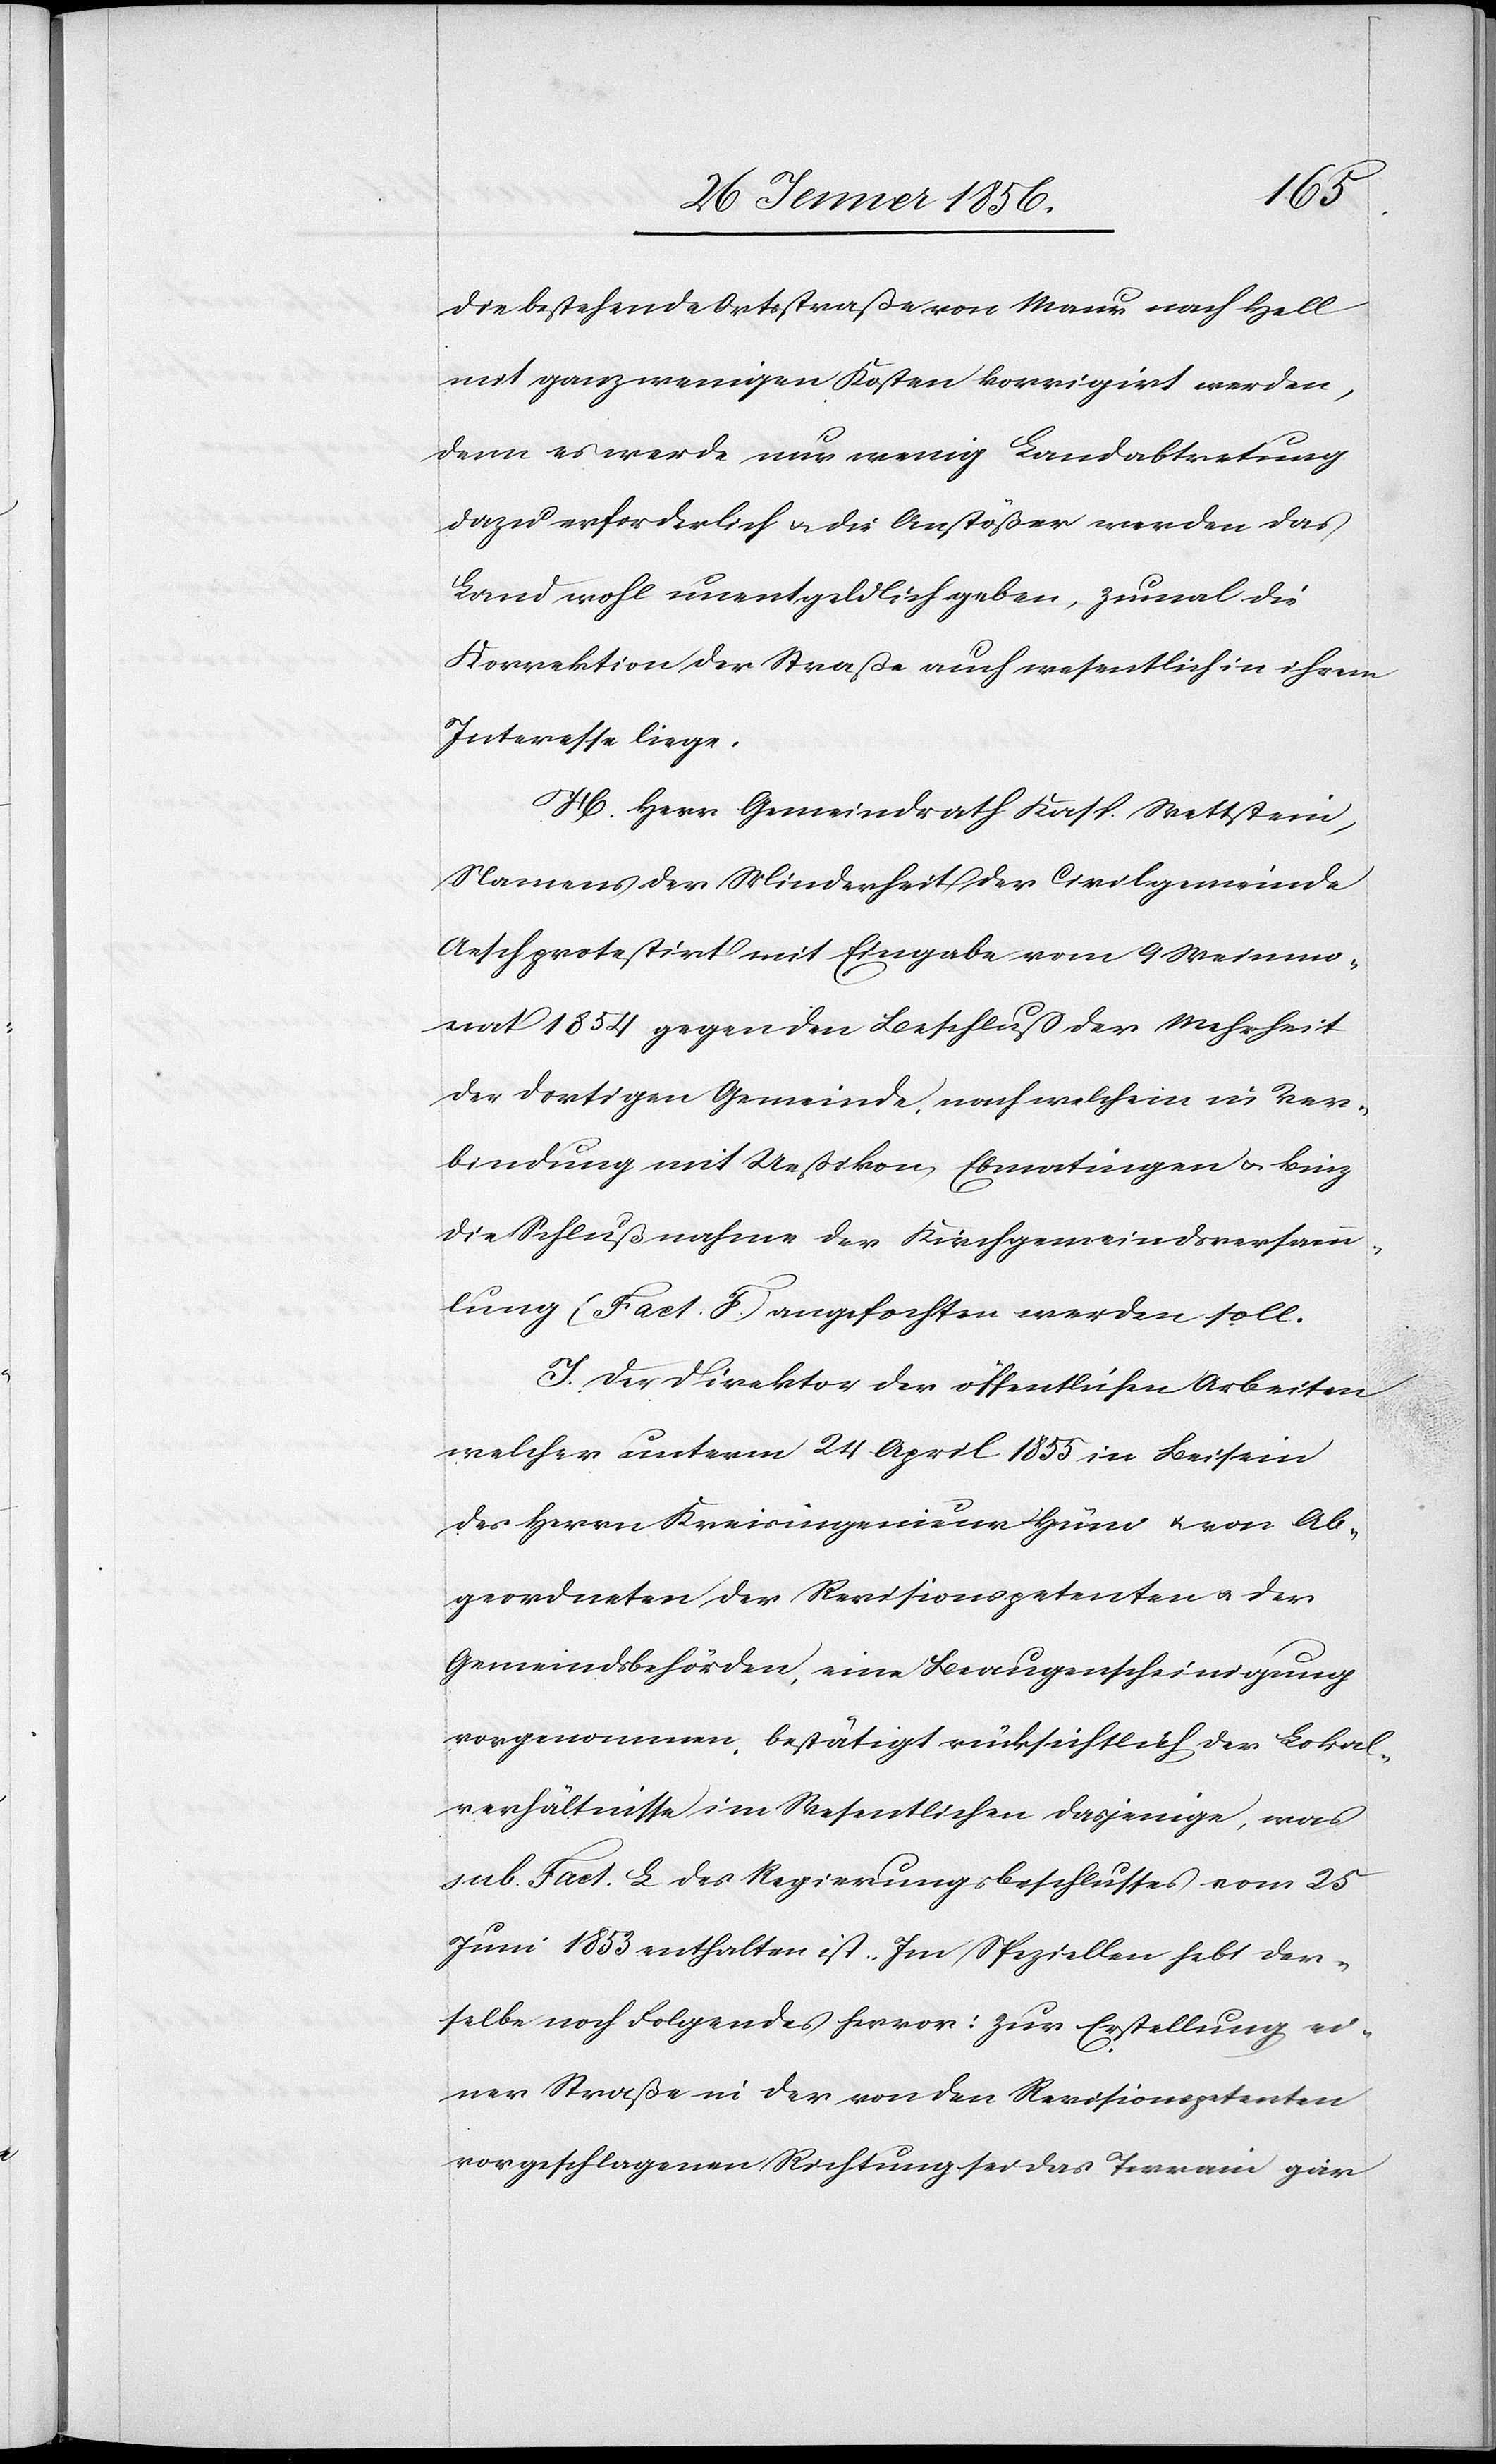
die bestehende Ortsstraße von Maur nach Hell
mit ganz wenigen Kosten korrigirt werden,
denn es werde nur wenig Landabtretung
dazu erforderlich u. die Anstößer werden das
Land wohl unentgeldlich geben, zumal die
Korrektion der Straße auch wesentlich in ihrem
Interesse liege.
H. Herr Gemeindrath Kasp. Wettstein,
Namens der Minderheit der Civilgemeinde
Aesch protestirt mit Eingabe vom 9 Weinmo¬
nat 1854 gegen den Beschluß der Mehrheit
der dortigen Gemeinde, nach welchem in Ver¬
bindung mit Ueßikon-Ebmatingen u. Binz
die Schlußnahme der Kirchgemeindsversamm¬
lung (Fact. F.) angefochten werden soll.
I. Der Direktor der öffentlichen Arbeiten
welcher unterm 24 April 1855 in Beisein
des Herrn Kreisingenieur Hüni u. von Ab¬
geordneten der Revisionspetenten u. der
Gemeindsbehörden, eine Beaugenscheinigung
vorgenommen, bestätigt rücksichtlich der Lokal¬
verhältnisse im Wesentlichen dasjenige, was
sub. Fact. L des Regierungsbeschlusses vom 25
Juni 1853 enthalten ist. Im Speziellen hebt der¬
selbe noch Folgendes hervor: Zur Erstellung ei¬
ner Straße in der von den Revisionspetenten
vorgeschlagenen Richtung sei das Terrain gar